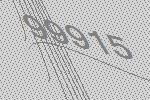
99915